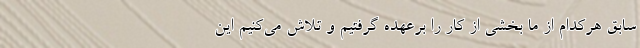
سابق هرکدام از ما بخشی از کار را برعهده گرفتیم و تلاش می‌کنیم این